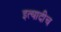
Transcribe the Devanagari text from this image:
इत्यादीच